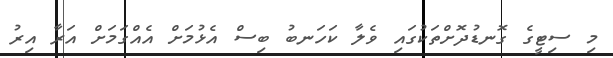
މި ސިޓީގެ ގޮނޑުދޮށްތަކުގައި ވެލާ ކަހަނބު ބިސް އެޅުމަށް އެއްގަމަށް އަރާ އިރު